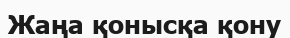
Жаңа қонысқа қону